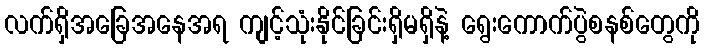
လက်ရှိအခြေအနေအရ ကျင့်သုံးနိုင်ခြင်းရှိမရှိနဲ့ ရွေးကောက်ပွဲစနစ်တွေကို